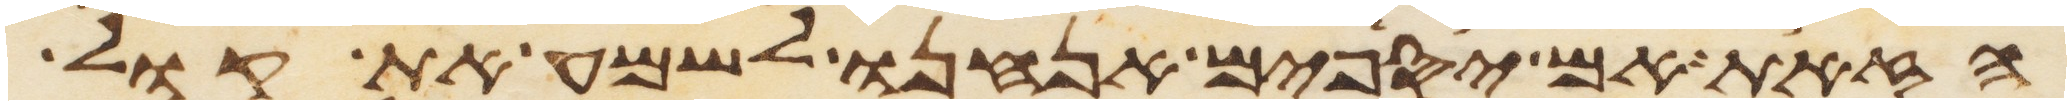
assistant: הזאת אם יספים אנחנו לשמע את קול